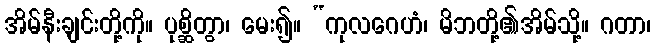
အိမ်နီးချင်းတို့ကို။ ပုစ္ဆိတွာ၊ မေး၍။ “ကုလဂေဟံ၊ မိဘတို့၏အိမ်သို့။ ဂတာ၊